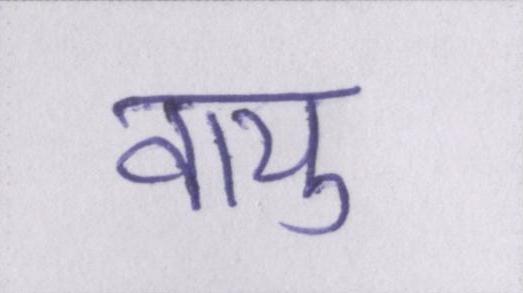
वायु